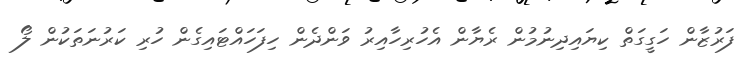
ފަރުޒާން ހަގީގަތް ކިޔައިދިނުމުން ރެޔާން އެހުރިހާއިރު ވަންދެން ހިފަހައްޓައިގެން ހުރި ކަރުނަތަކުން ލޯ